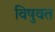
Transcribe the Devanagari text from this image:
विषुवत